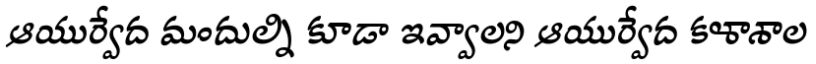
ఆయుర్వేద మందుల్ని కూడా ఇవ్వాలని ఆయుర్వేద కళాశాల